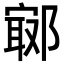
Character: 𨝢